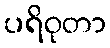
ပရိဝုတာ